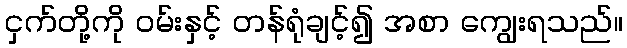
ငှက်တို့ကို ဝမ်းနှင့် တန်ရုံချင့်၍ အစာ ကျွေးရသည်။